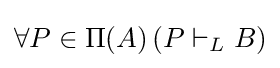
\forall P\in \Pi (A)\,(P\vdash _{L}B)